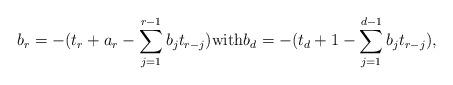
LaTeX: \begin{align*}b_r = -(t_r + a_r - \sum_{j=1}^{r-1}b_j t_{r-j}) \mbox{with} b_d = -(t_d + 1 - \sum_{j=1}^{d-1} b_j t_{r-j}),\end{align*}